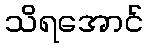
သိရအောင်